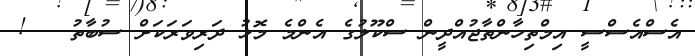
އެސްއެސްސީ އިމްތިހާންތާޖުއްދީން ސްކޫލުގެ އެންމެ މޮޅު ދަރިވަރަކަށް ސުބާތު   !